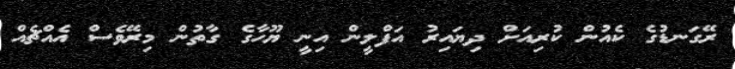
ރޭގަނޑުގެ ކެއުން ކުރިއަށް ދިޔައިރު އަފްލީން އިނީ ޔޫހާގެ ގާތުން މިރޭވެސް އެއްޗެއް